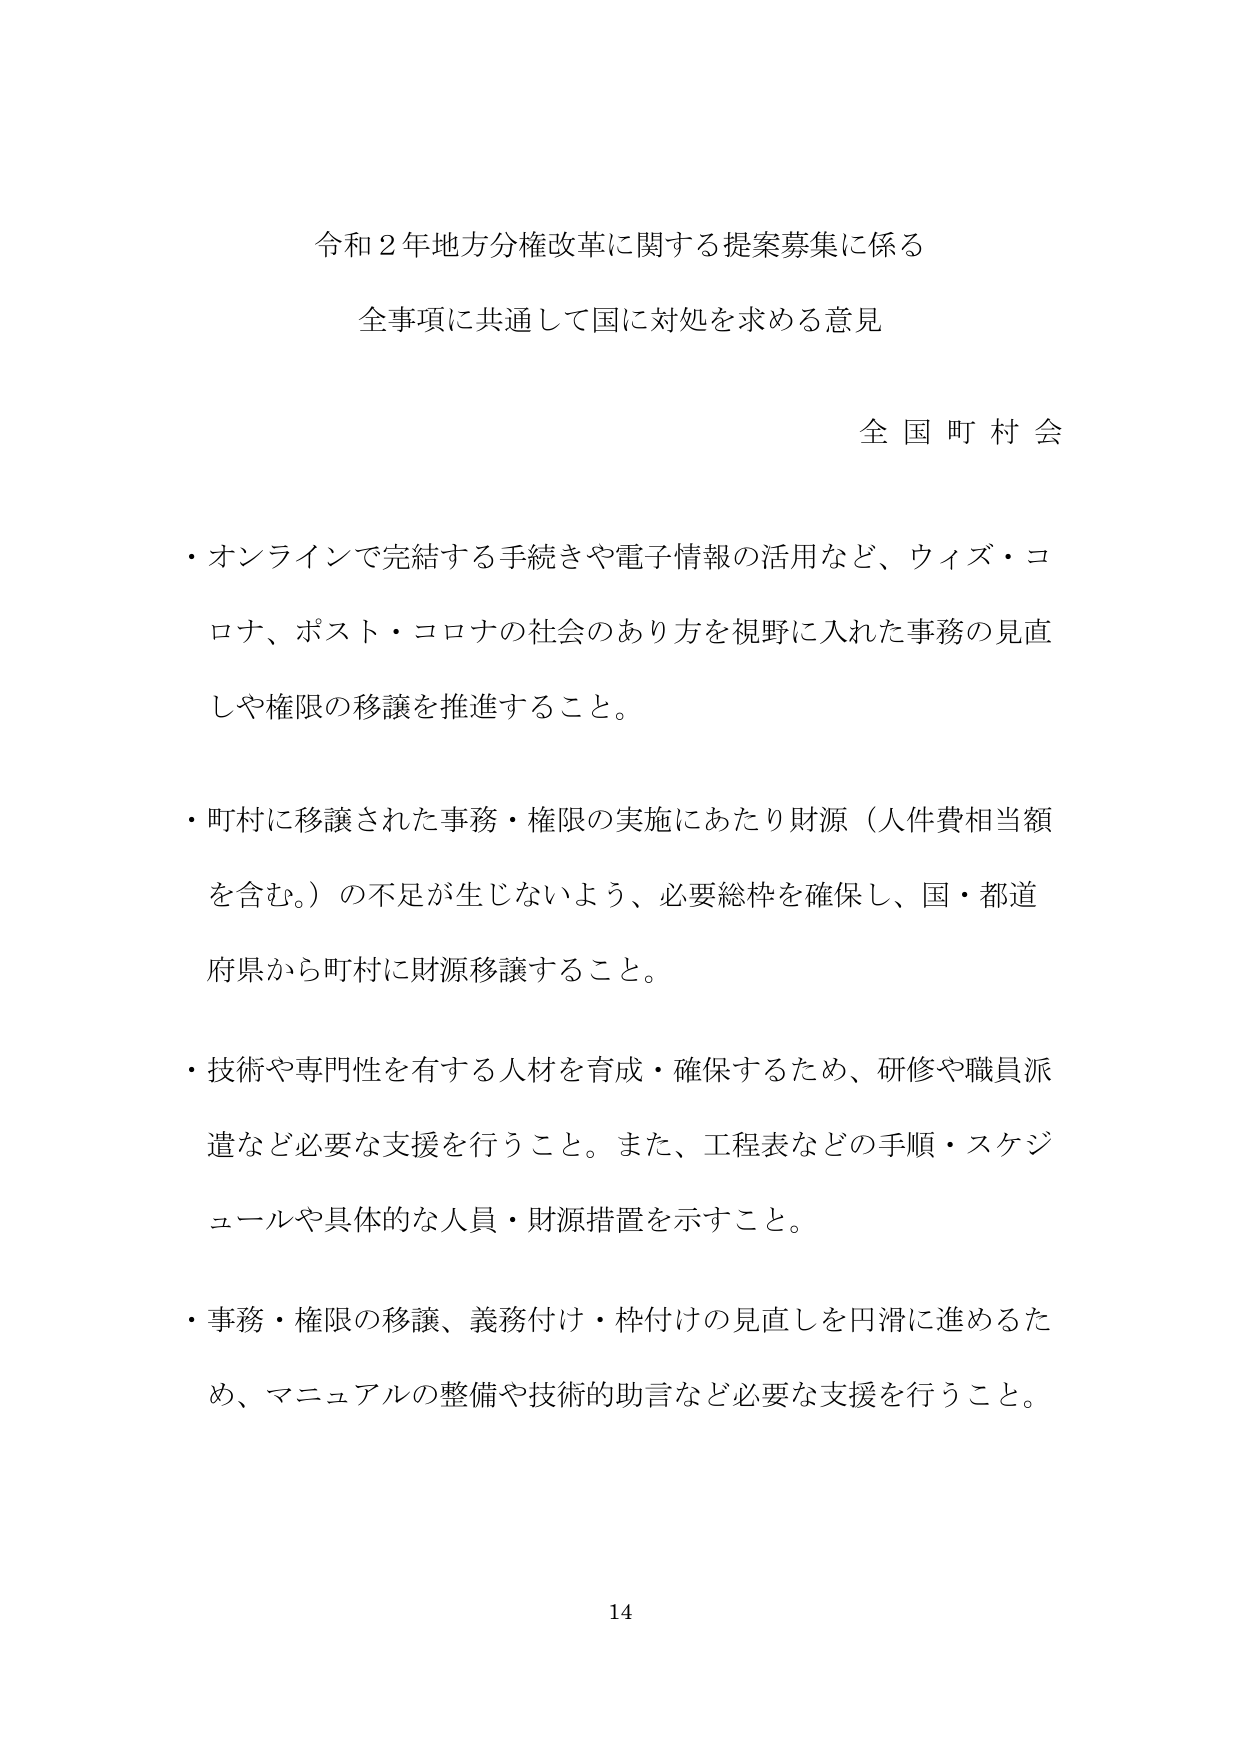
令和２年地方分権改革に関する提案募集に係る
全事項に共通して国に対処を求める意見

全国町村会

・オンラインで完結する手続きや電子情報の活用など、ウィズ・コロナ、ポスト・コロナの社会のあり方を視野に入れた事務の見直しや権限の移譲を推進すること。

・町村に移譲された事務・権限の実施にあたり財源（人件費相当額を含む。）の不足が生じないよう、必要総枠を確保し、国・都道府県から町村に財源移譲すること。

・技術や専門性を有する人材を育成・確保するため、研修や職員派遣など必要な支援を行うこと。また、工程表などの手順・スケジュールや具体的な人員・財源措置を示すこと。

・事務・権限の移譲、義務付け・枠付けの見直しを円滑に進めるため、マニュアルの整備や技術的助言など必要な支援を行うこと。

14